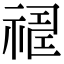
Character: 𥛈